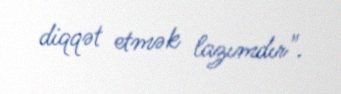
diqqət etmək lazımdır".